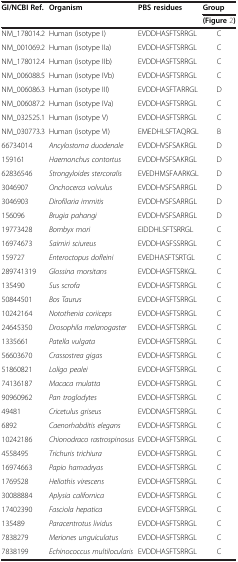
<table><thead><tr><td rowspan="2"><b>GI/NCBI Ref.</b></td><td rowspan="2"><b>Organism</b></td><td rowspan="2"><b>PBS residues</b></td><td><b>Group</b></td></tr><tr><td><b>(Figure2)</b></td></tr></thead><tbody><tr><td>NM_178014.2</td><td>Human (isotype I)</td><td>EVDDHASFTSRRGL</td><td>C</td></tr><tr><td>NM_001069.2</td><td>Human (isotype IIa)</td><td>EVDDHASFTSRRGL</td><td>C</td></tr><tr><td>NM_178012.4</td><td>Human (isotype IIb)</td><td>EVDDHASFTSRRGL</td><td>C</td></tr><tr><td>NM_006088.5</td><td>Human (isotype IVb)</td><td>EVDDHASFTSRRGL</td><td>C</td></tr><tr><td>NM_006086.3</td><td>Human (isotype III)</td><td>EVDDHASFTARRGL</td><td>D</td></tr><tr><td>NM_006087.2</td><td>Human (isotype IVa)</td><td>EVDDHASFTSRRGL</td><td>C</td></tr><tr><td>NM_032525.1</td><td>Human (isotype V)</td><td>EVDDHASFTSRRGL</td><td>C</td></tr><tr><td>NM_030773.3</td><td>Human (isotype VI)</td><td>EMEDHLSFTAQRGL</td><td>B</td></tr><tr><td>66734014</td><td><i>Ancylostoma duodenale</i></td><td>EVDDHVSFSAKRGL</td><td>D</td></tr><tr><td>159161</td><td><i>Haemonchus contortus</i></td><td>EVDDHVSFSAKRGL</td><td>D</td></tr><tr><td>62836546</td><td><i>Strongyloides stercoralis</i></td><td>EVEDHMSFAARKGL</td><td>D</td></tr><tr><td>3046907</td><td><i>Onchocerca volvulus</i></td><td>EVDDHVSFSARRGL</td><td>D</td></tr><tr><td>3046903</td><td><i>Dirofilaria immitis</i></td><td>EVDDHVSFSARRGL</td><td>D</td></tr><tr><td>156096</td><td><i>Brugia pahangi</i></td><td>EVDDHVSFSARRGL</td><td>D</td></tr><tr><td>19773428</td><td><i>Bombyx mori</i></td><td>EIDDHLSFTSRRGL</td><td>C</td></tr><tr><td>16974673</td><td><i>Saimiri sciureus</i></td><td>EVDDHASFSSRRGL</td><td>C</td></tr><tr><td>159727</td><td><i>Enteroctopus dofleini</i></td><td>EVEDHASFTSRTGL</td><td>C</td></tr><tr><td>289741319</td><td><i>Glossina morsitans</i></td><td>EVDDHASFTSRKGL</td><td>C</td></tr><tr><td>135490</td><td><i>Sus scrofa</i></td><td>EVDDHASFTSRRGL</td><td>C</td></tr><tr><td>50844501</td><td><i>Bos Taurus</i></td><td>EVDDHASFTSRRGL</td><td>C</td></tr><tr><td>10242164</td><td><i>Notothenia coriiceps</i></td><td>EVDDHASFTSRRGL</td><td>C</td></tr><tr><td>24645350</td><td><i>Drosophila melanogaster</i></td><td>EVDDHASFTSRRGL</td><td>C</td></tr><tr><td>1335661</td><td><i>Patella vulgata</i></td><td>EVDDHASFTSRRGL</td><td>C</td></tr><tr><td>56603670</td><td><i>Crassostrea gigas</i></td><td>EVDDHASFTSRRGL</td><td>C</td></tr><tr><td>51860821</td><td><i>Loligo pealei</i></td><td>EVDDHASFTSRRGL</td><td>C</td></tr><tr><td>74136187</td><td><i>Macaca mulatta</i></td><td>EVDDHASFTSRRGL</td><td>C</td></tr><tr><td>90960962</td><td><i>Pan troglodytes</i></td><td>EVDDHASFTSRRGL</td><td>C</td></tr><tr><td>49481</td><td><i>Cricetulus griseus</i></td><td>EVDDNASFTSRRGL</td><td>C</td></tr><tr><td>6892</td><td><i>Caenorhabditis elegans</i></td><td>EVDDHASFTSRRGL</td><td>C</td></tr><tr><td>10242186</td><td><i>Chionodraco rastrospinosus</i></td><td>EVDDHASFTSRRGL</td><td>C</td></tr><tr><td>4558495</td><td><i>Trichuris trichiura</i></td><td>EVDDHASFTSRRGL</td><td>C</td></tr><tr><td>16974663</td><td><i>Papio hamadryas</i></td><td>EVDDHASFTSRRGL</td><td>C</td></tr><tr><td>1769528</td><td><i>Heliothis virescens</i></td><td>EVDDHASFTSRRGL</td><td>C</td></tr><tr><td>30088884</td><td><i>Aplysia californica</i></td><td>EVDDHASFTSRRGL</td><td>C</td></tr><tr><td>17402390</td><td><i>Fasciola hepatica</i></td><td>EVDDHASFTSRRGL</td><td>C</td></tr><tr><td>135489</td><td><i>Paracentrotus lividus</i></td><td>EVDDHASFTSRRGL</td><td>C</td></tr><tr><td>7838279</td><td><i>Meriones unguiculatus</i></td><td>EVDDHASFTSRRGL</td><td>C</td></tr><tr><td>7838199</td><td><i>Echinococcus multilocularis</i></td><td>EVDDHASFTSRRGL</td><td>C</td></tr></tbody></table>